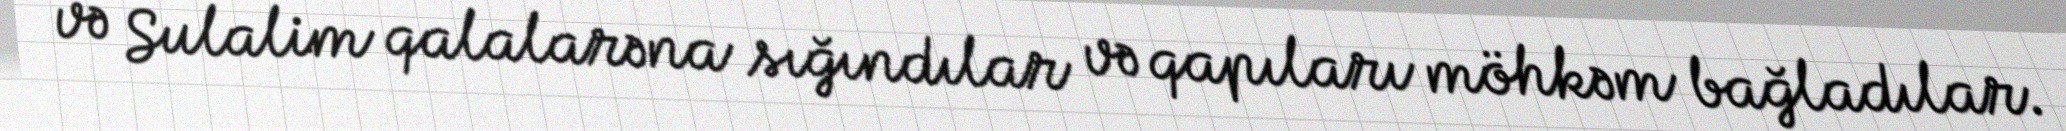
və Sulalim qalalarəna sığındılar və qapıları möhkəm bağladılar.